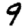
Digit: 9